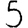
Digit: 5